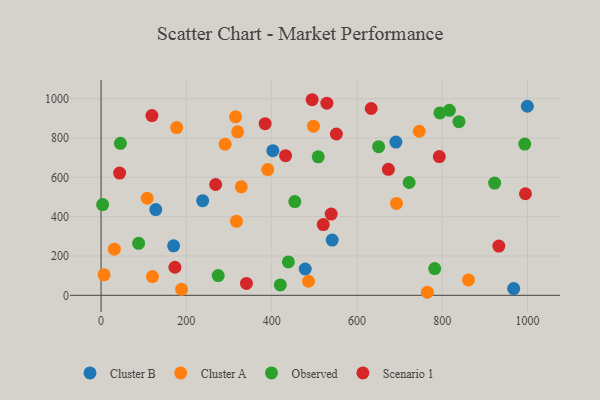
{"axis": {"x": "Ad Spend", "y": "Sales"}, "legend": ["Cluster A", "Cluster B", "Observed", "Scenario 1"], "data": [{"x": "478.7", "y": 133.7, "type": "Cluster B"}, {"x": "542.0", "y": 280.8, "type": "Cluster B"}, {"x": "238.3", "y": 481.0, "type": "Cluster B"}, {"x": "999.6", "y": 961.2, "type": "Cluster B"}, {"x": "691.3", "y": 778.9, "type": "Cluster B"}, {"x": "967.5", "y": 34.3, "type": "Cluster B"}, {"x": "128.4", "y": 435.9, "type": "Cluster B"}, {"x": "402.8", "y": 735.2, "type": "Cluster B"}, {"x": "170.1", "y": 251.5, "type": "Cluster B"}, {"x": "315.3", "y": 907.7, "type": "Cluster A"}, {"x": "861.4", "y": 78.2, "type": "Cluster A"}, {"x": "120.5", "y": 95.1, "type": "Cluster A"}, {"x": "290.9", "y": 768.3, "type": "Cluster A"}, {"x": "108.2", "y": 493.4, "type": "Cluster A"}, {"x": "31.1", "y": 234.5, "type": "Cluster A"}, {"x": "746.1", "y": 834.3, "type": "Cluster A"}, {"x": "7.1", "y": 104.1, "type": "Cluster A"}, {"x": "498.0", "y": 860.0, "type": "Cluster A"}, {"x": "692.7", "y": 467.1, "type": "Cluster A"}, {"x": "188.9", "y": 30.5, "type": "Cluster A"}, {"x": "765.1", "y": 15.4, "type": "Cluster A"}, {"x": "486.4", "y": 71.5, "type": "Cluster A"}, {"x": "317.5", "y": 376.3, "type": "Cluster A"}, {"x": "320.2", "y": 831.3, "type": "Cluster A"}, {"x": "390.8", "y": 639.2, "type": "Cluster A"}, {"x": "177.3", "y": 852.8, "type": "Cluster A"}, {"x": "328.8", "y": 551.7, "type": "Cluster A"}, {"x": "454.3", "y": 476.7, "type": "Observed"}, {"x": "509.2", "y": 704.0, "type": "Observed"}, {"x": "922.8", "y": 570.8, "type": "Observed"}, {"x": "439.2", "y": 169.6, "type": "Observed"}, {"x": "816.7", "y": 940.6, "type": "Observed"}, {"x": "794.6", "y": 927.5, "type": "Observed"}, {"x": "274.7", "y": 100.4, "type": "Observed"}, {"x": "722.4", "y": 573.5, "type": "Observed"}, {"x": "420.3", "y": 52.6, "type": "Observed"}, {"x": "3.7", "y": 461.6, "type": "Observed"}, {"x": "782.3", "y": 135.9, "type": "Observed"}, {"x": "650.8", "y": 755.7, "type": "Observed"}, {"x": "993.5", "y": 769.2, "type": "Observed"}, {"x": "45.4", "y": 772.8, "type": "Observed"}, {"x": "839.2", "y": 882.9, "type": "Observed"}, {"x": "88.1", "y": 264.1, "type": "Observed"}, {"x": "521.0", "y": 359.6, "type": "Scenario 1"}, {"x": "529.5", "y": 977.1, "type": "Scenario 1"}, {"x": "268.7", "y": 563.4, "type": "Scenario 1"}, {"x": "384.7", "y": 872.9, "type": "Scenario 1"}, {"x": "673.7", "y": 640.8, "type": "Scenario 1"}, {"x": "119.3", "y": 913.9, "type": "Scenario 1"}, {"x": "995.1", "y": 516.3, "type": "Scenario 1"}, {"x": "495.0", "y": 994.5, "type": "Scenario 1"}, {"x": "932.7", "y": 250.4, "type": "Scenario 1"}, {"x": "633.4", "y": 949.8, "type": "Scenario 1"}, {"x": "539.6", "y": 413.1, "type": "Scenario 1"}, {"x": "340.9", "y": 60.2, "type": "Scenario 1"}, {"x": "793.1", "y": 705.4, "type": "Scenario 1"}, {"x": "43.5", "y": 621.6, "type": "Scenario 1"}, {"x": "551.8", "y": 820.3, "type": "Scenario 1"}, {"x": "432.6", "y": 710.2, "type": "Scenario 1"}, {"x": "173.2", "y": 142.7, "type": "Scenario 1"}]}